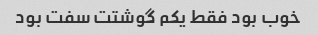
خوب بود فقط یکم گوشتت سفت بود